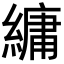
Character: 𦄢